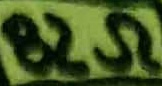
Text: 82Ω